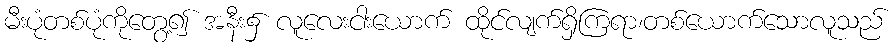
မီးပုံတစ်ပုံကိုတွေ့၍ အနီး၌ လူလေးငါးယောက် ထိုင်လျက်ရှိကြရာ၊တစ်ယောက်သောလူသည်